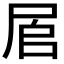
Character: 𱚷